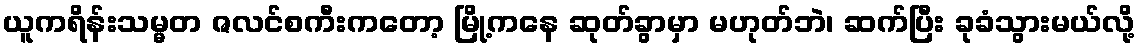
ယူကရိန်းသမ္မတ ဇလင်စကီးကတော့ မြို့ကနေ ဆုတ်ခွာမှာ မဟုတ်ဘဲ၊ ဆက်ပြီး ခုခံသွားမယ်လို့